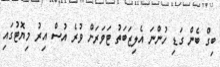
ބިގް ބެން ގަޑި ހުންނަ އެލިޒަބަތު ޓަވަރަށް ވުރެ އުސް އިރު މިޔޮޓުގައި